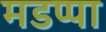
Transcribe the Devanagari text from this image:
मडप्पा